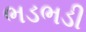
ભડભડી